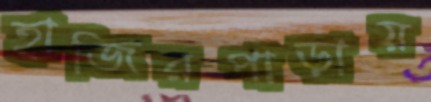
হাজিরপাড়ায়